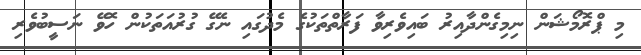
މި ޕްރޮމޯޝަން ނިމިގެންދާއިރު ބައިވެރިވާ ފަރާތްތަކުގެ މެދުގައި ނެގޭ ގުރުއަތަކުން ހޮވޭ ނަސީބުވެރި